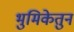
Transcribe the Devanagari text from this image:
भुमिकेतुन